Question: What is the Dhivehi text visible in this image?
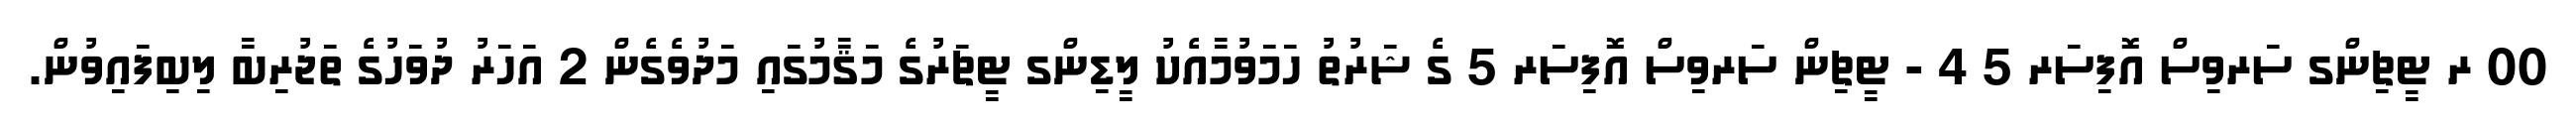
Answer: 00 ރ ޓީޗިންގ ސަރވިސް އޮފިސަރ 5 4 - ޓީޗިން ސަރވިސް އޮފިސަރ 5 ގެ ޝަރުތު ހަމަވުމާއެކު ލީޑިންގ ޓީޗަރުގެ މަޤާމުގައި މަދުވެގެން 2 އަހަރު ދުވަހުގެ ތަޖުރިބާ ލިބިފައިވުން.